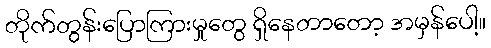
တိုက်တွန်းပြောကြားမှုတွေ ရှိနေတာတော့ အမှန်ပေါ့။